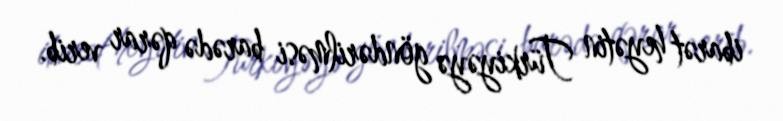
ibarət heyətin Türkiyəyə göndərilməsi barədə qərar verib.